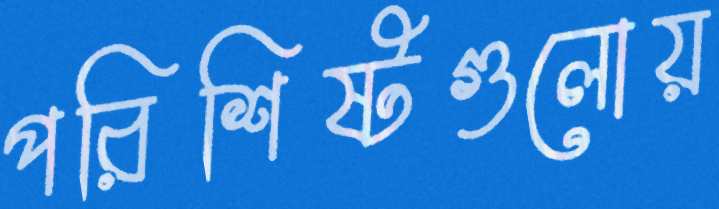
পরিশিষ্টগুলোয়